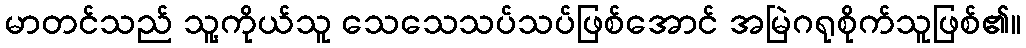
မာတင်သည် သူ့ကိုယ်သူ သေသေသပ်သပ်ဖြစ်အောင် အမြဲဂရုစိုက်သူဖြစ်၏။